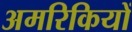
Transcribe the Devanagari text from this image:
अमरिकियों